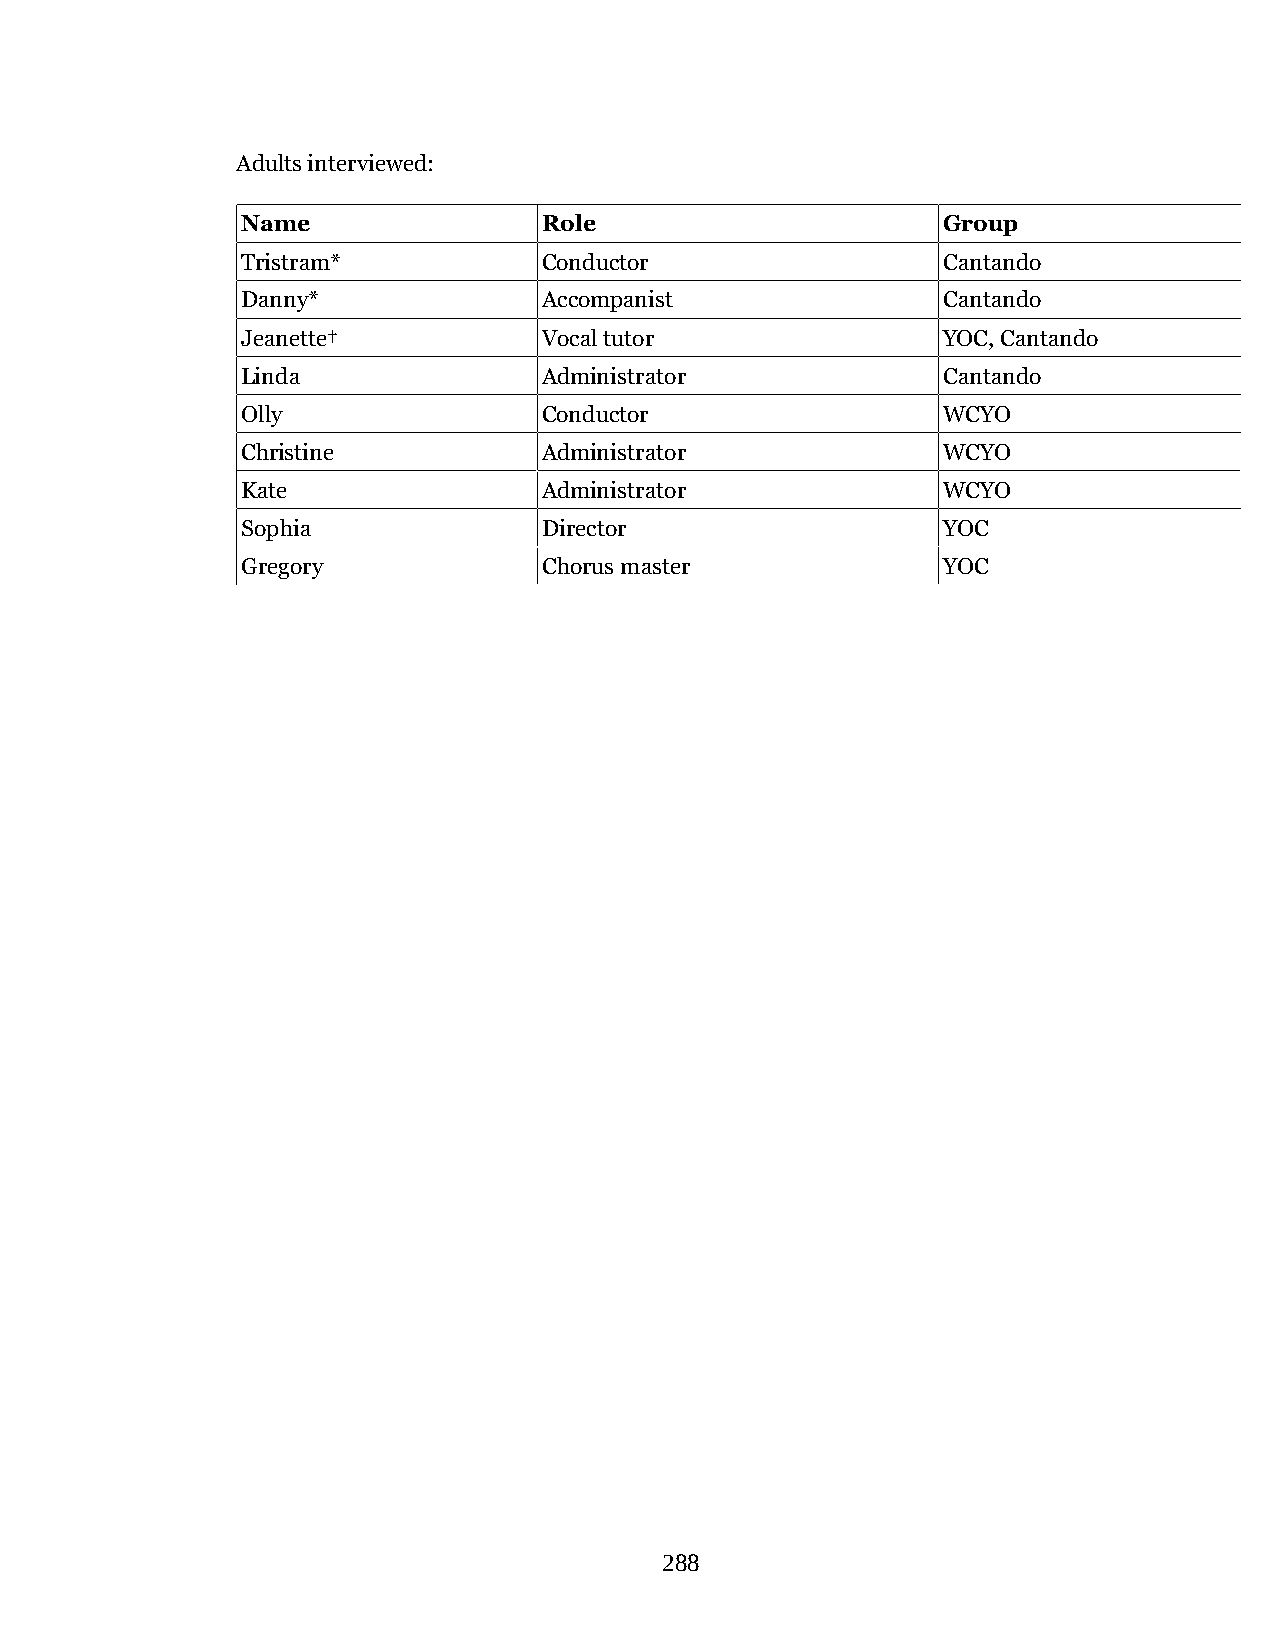
Adults interviewed:
 Name                Role                      Group
 Tristram*           Conductor                 Cantando
 Danny*              Accompanist               Cantando
 Jeanette†           Vocal tutor               YOC, Cantando
 Linda               Administrator             Cantando
 Olly                Conductor                 WCYO
 Christine           Administrator             WCYO
 Kate                Administrator             WCYO
 Sophia              Director                  YOC
 Gregory             Chorus master             YOC
 288